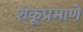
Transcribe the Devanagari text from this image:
शंकूप्रमाणे